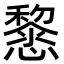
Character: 𢤂